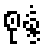
စုန္ဒံ